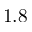
1 . 8